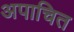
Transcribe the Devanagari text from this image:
अपाचित